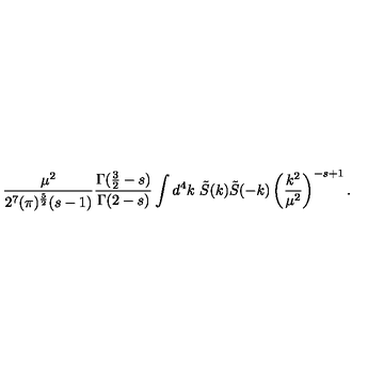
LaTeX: \frac { \mu ^ { 2 } } { 2 ^ { 7 } ( \pi ) ^ { \frac 5 2 } ( s - 1 ) } \frac { \Gamma ( \frac 3 2 - s ) } { \Gamma ( 2 - s ) } \int d ^ { 4 } k \ \tilde { S } ( k ) \tilde { S } ( - k ) \left( \frac { k ^ { 2 } } { \mu ^ { 2 } } \right) ^ { - s + 1 } .